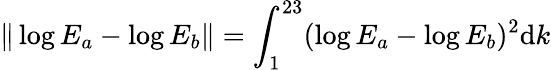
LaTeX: \| \log E_{a}-\log E_{b}\| =\int_{1}^{23}(\log E_{a}-\log E_{b})^{2}\mathrm{d}k